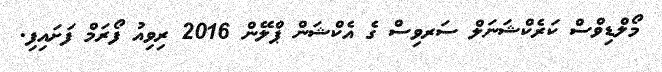
މޯލްޑިވްސް ކަރެކްޝަނަލް ސަރވިސް ގެ އެކްޝަން ޕްލޭން 2016 ރިވިއު ފޯރަމް ފަށައިފި.